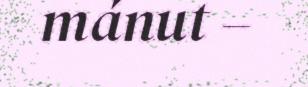
mánut –